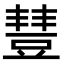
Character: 𧯮